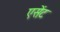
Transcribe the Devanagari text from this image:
एसेंट